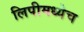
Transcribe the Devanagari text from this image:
लिपीमध्येच